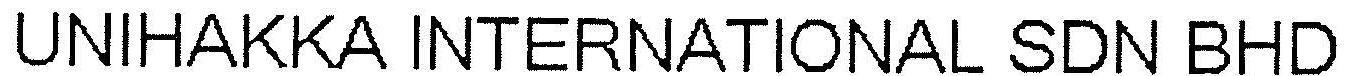
UNIHAKKA INTERNATIONAL SDN BHD